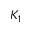
K _ { 1 }